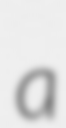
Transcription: a